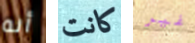
أنه كانت غير